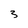
Character: 3